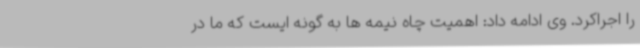
را اجراکرد. وی ادامه داد: اهمیت چاه نیمه ها به گونه ایست که ما در